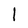
Character: 1